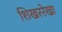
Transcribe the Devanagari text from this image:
शिखररेखा